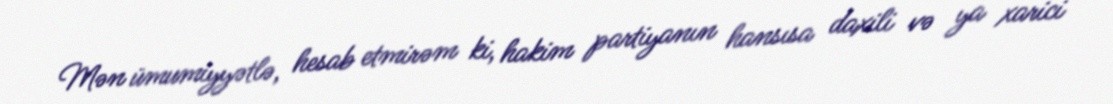
Mən ümumiyyətlə, hesab etmirəm ki, hakim partiyanın hansısa daxili və ya xarici